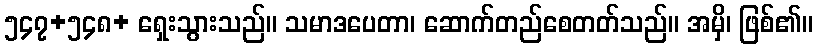
၅၄၇+၅၄၈+ ရှေးသွားသည်။ သမာဒပေတာ၊ ဆောက်တည်စေတတ်သည်။ အမှိ၊ ဖြစ်၏။